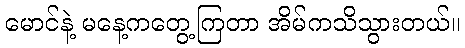
မောင်နဲ့ မနေ့ကတွေ့ကြတာ အိမ်ကသိသွားတယ်။